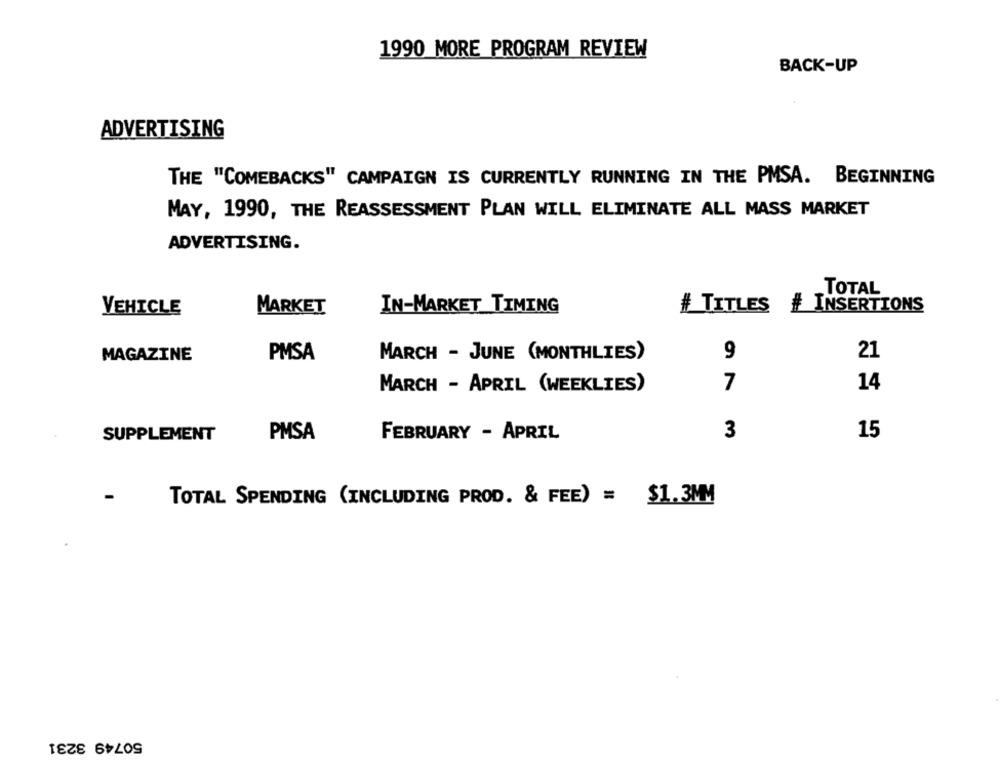
1990 MORE PROGRAM REVIEW
BACK-UP
ADVERTISING
THE "COMEBACKS" CAMPAIGN IS CURRENTLY RUNNING IN THE PMSA. BEGINNING
MAY, 1990, THE REASSESSMENT PLAN WILL ELIMINATE ALL MASS MARKET
ADVERTISING.
TOTAL
VEHICLE
MARKET
IN-MARKET TIMING
# TITLES
# INSERTIONS
MAGAZINE
PMSA
MARCH - JUNE (MONTHLIES)
9
21
MARCH - APRIL (WEEKLIES)
7
14
PMSA
3
15
SUPPLEMENT
FEBRUARY - APRIL
TOTAL SPENDING (INCLUDING PROD. & FEE) = $1.3MM
50749 3231